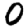
Digit: 0